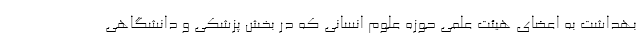
بهداشت به اعضای هیئت علمی حوزه علوم انسانی که در بخش پزشکی و دانشگاهی